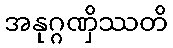
အနုဂ္ဂဏှိဿတိ